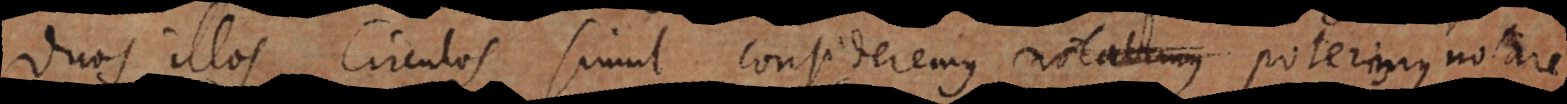
duos illos circulos simul consideremus, poterimus notare